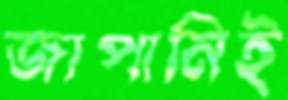
জাপানিই